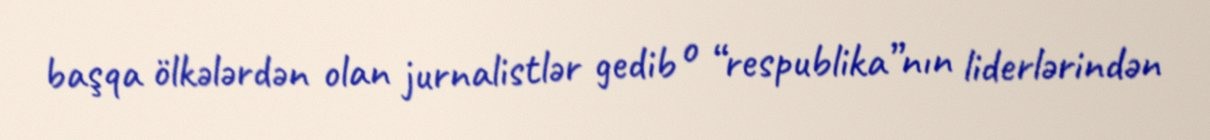
başqa ölkələrdən olan jurnalistlər gedib o “respublika”nın liderlərindən